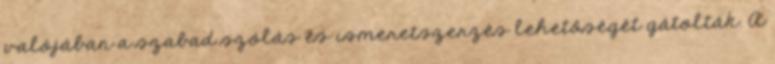
valójában a szabad szólás és ismeretszerzés lehetőségét gátolták. A